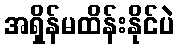
အရှိန်မထိန်းနိုင်ပဲ